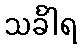
သင်္ခါရ